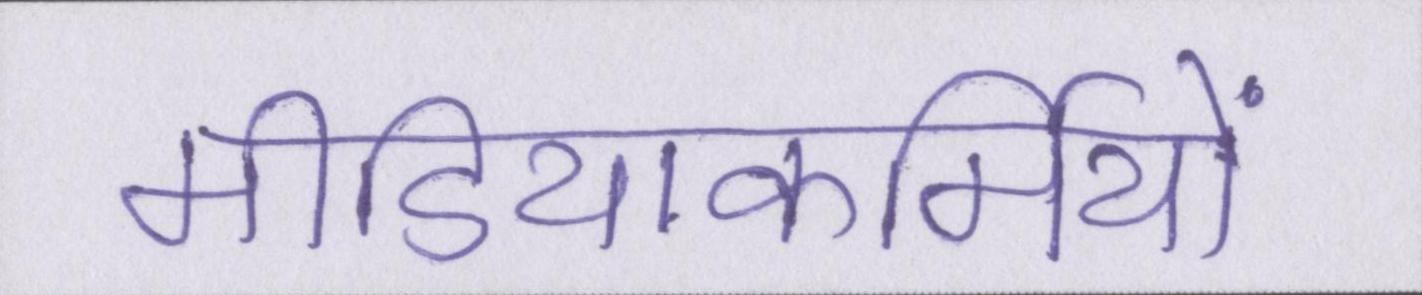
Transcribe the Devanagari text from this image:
मीडियाकर्मियों